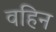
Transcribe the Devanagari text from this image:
वहिन